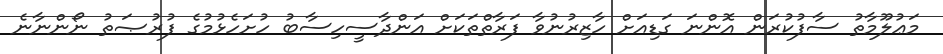
މަޢުލޫމާތު ސާފުކުރަން އޮންނަ ގަޑިއަށް ހާޒިރުނުވާ ފަރާތްތަކަށް އަންދާސީހިސާބު ހުށަހެޅުމުގެ ފުރުޞަތު ނޯންނާނެ